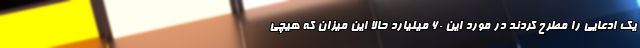
یک ادعایی را مطرح کردند در مورد این ۶۰ میلیارد حالا این میزان که هیچی